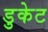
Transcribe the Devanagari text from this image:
डुकेट